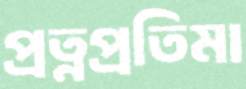
প্রত্নপ্রতিমা